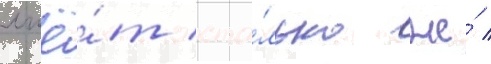
лжё́т сто́лько же́ /